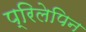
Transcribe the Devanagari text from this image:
प्रिलेपिन